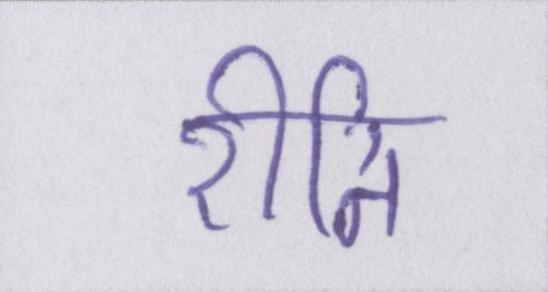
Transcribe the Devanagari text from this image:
रीति